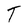
Character: T